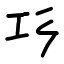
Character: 㣉